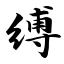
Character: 缚